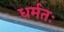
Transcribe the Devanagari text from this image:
धर्मतः